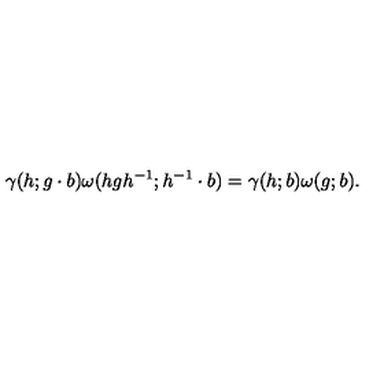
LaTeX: \gamma ( h ; g \cdot b ) \omega ( h g h ^ { - 1 } ; h ^ { - 1 } \cdot b ) = \gamma ( h ; b ) \omega ( g ; b ) .